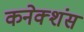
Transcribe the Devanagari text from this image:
कनेक्‍शंस